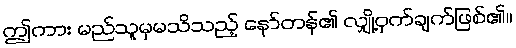
ဤကား မည်သူမှမသိသည့် နော်တန်၏ လျှို့ဝှက်ချက်ဖြစ်၏။